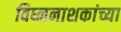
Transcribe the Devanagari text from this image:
विघ्ननाशकांच्या